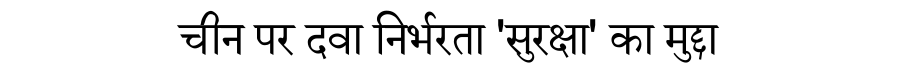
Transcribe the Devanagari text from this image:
चीन पर दवा निर्भरता 'सुरक्षा' का मुद्दा